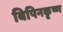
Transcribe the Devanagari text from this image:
बिपिनकृष्ण